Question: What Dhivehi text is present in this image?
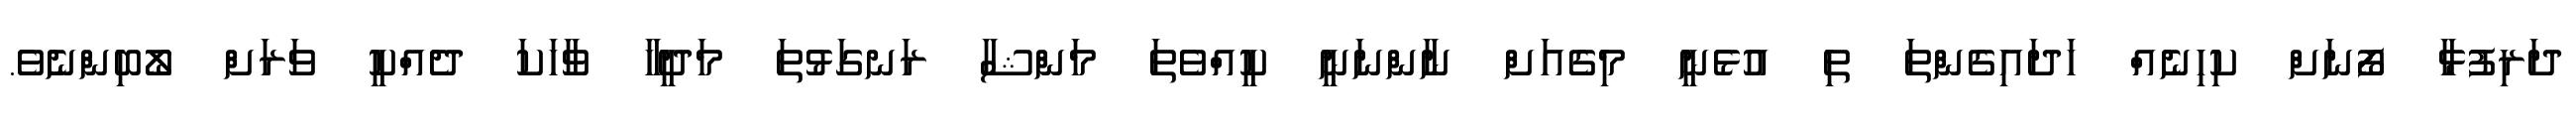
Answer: ދަރިފުޅާ ފޯނަށް ކިހިނެއް ހަދައިގެންތަ ތި އުޅެނީ މިގެއަށް ނާންނަނީ ކީއްވެތަ މަންޝާ ރަނގަޅުތަ މަދީހާ ވާހަކަ ދެއްކީ ވަރަށް ލޯބިންނެވެ.